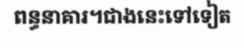
ពន្ធនាគារ។ជាងនេះទៅទៀត